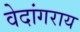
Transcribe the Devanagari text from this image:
वेदांगराय